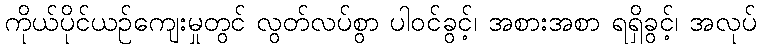
ကိုယ်ပိုင်ယဉ်ကျေးမှုတွင် လွတ်လပ်စွာ ပါဝင်ခွင့်၊ အစားအစာ ရရှိခွင့်၊ အလုပ်